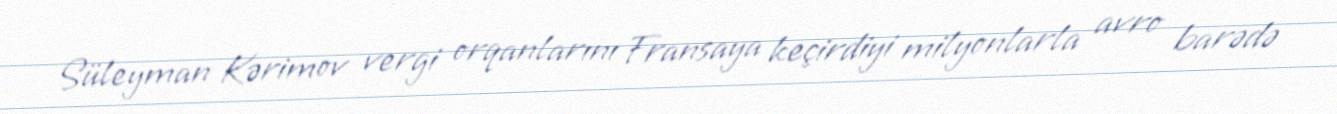
Süleyman Kərimov vergi orqanlarını Fransaya keçirdiyi milyonlarla avro barədə